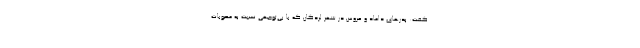
گفت: پدرهای داماد و عروس در شهر لردگان که با بی‌توجهی نسبت به مصوبات